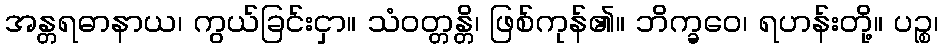
အန္တရဓာနာယ၊ ကွယ်ခြင်းငှာ။ သံဝတ္တန္တိ၊ ဖြစ်ကုန်၏။ ဘိက္ခဝေ၊ ရဟန်းတို့။ ပဉ္စ၊